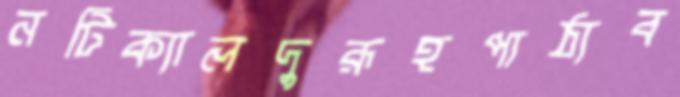
নটিক্যালদুরূহপাঠ্যব